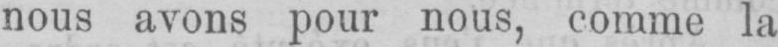
nous avons pour nous, comme la